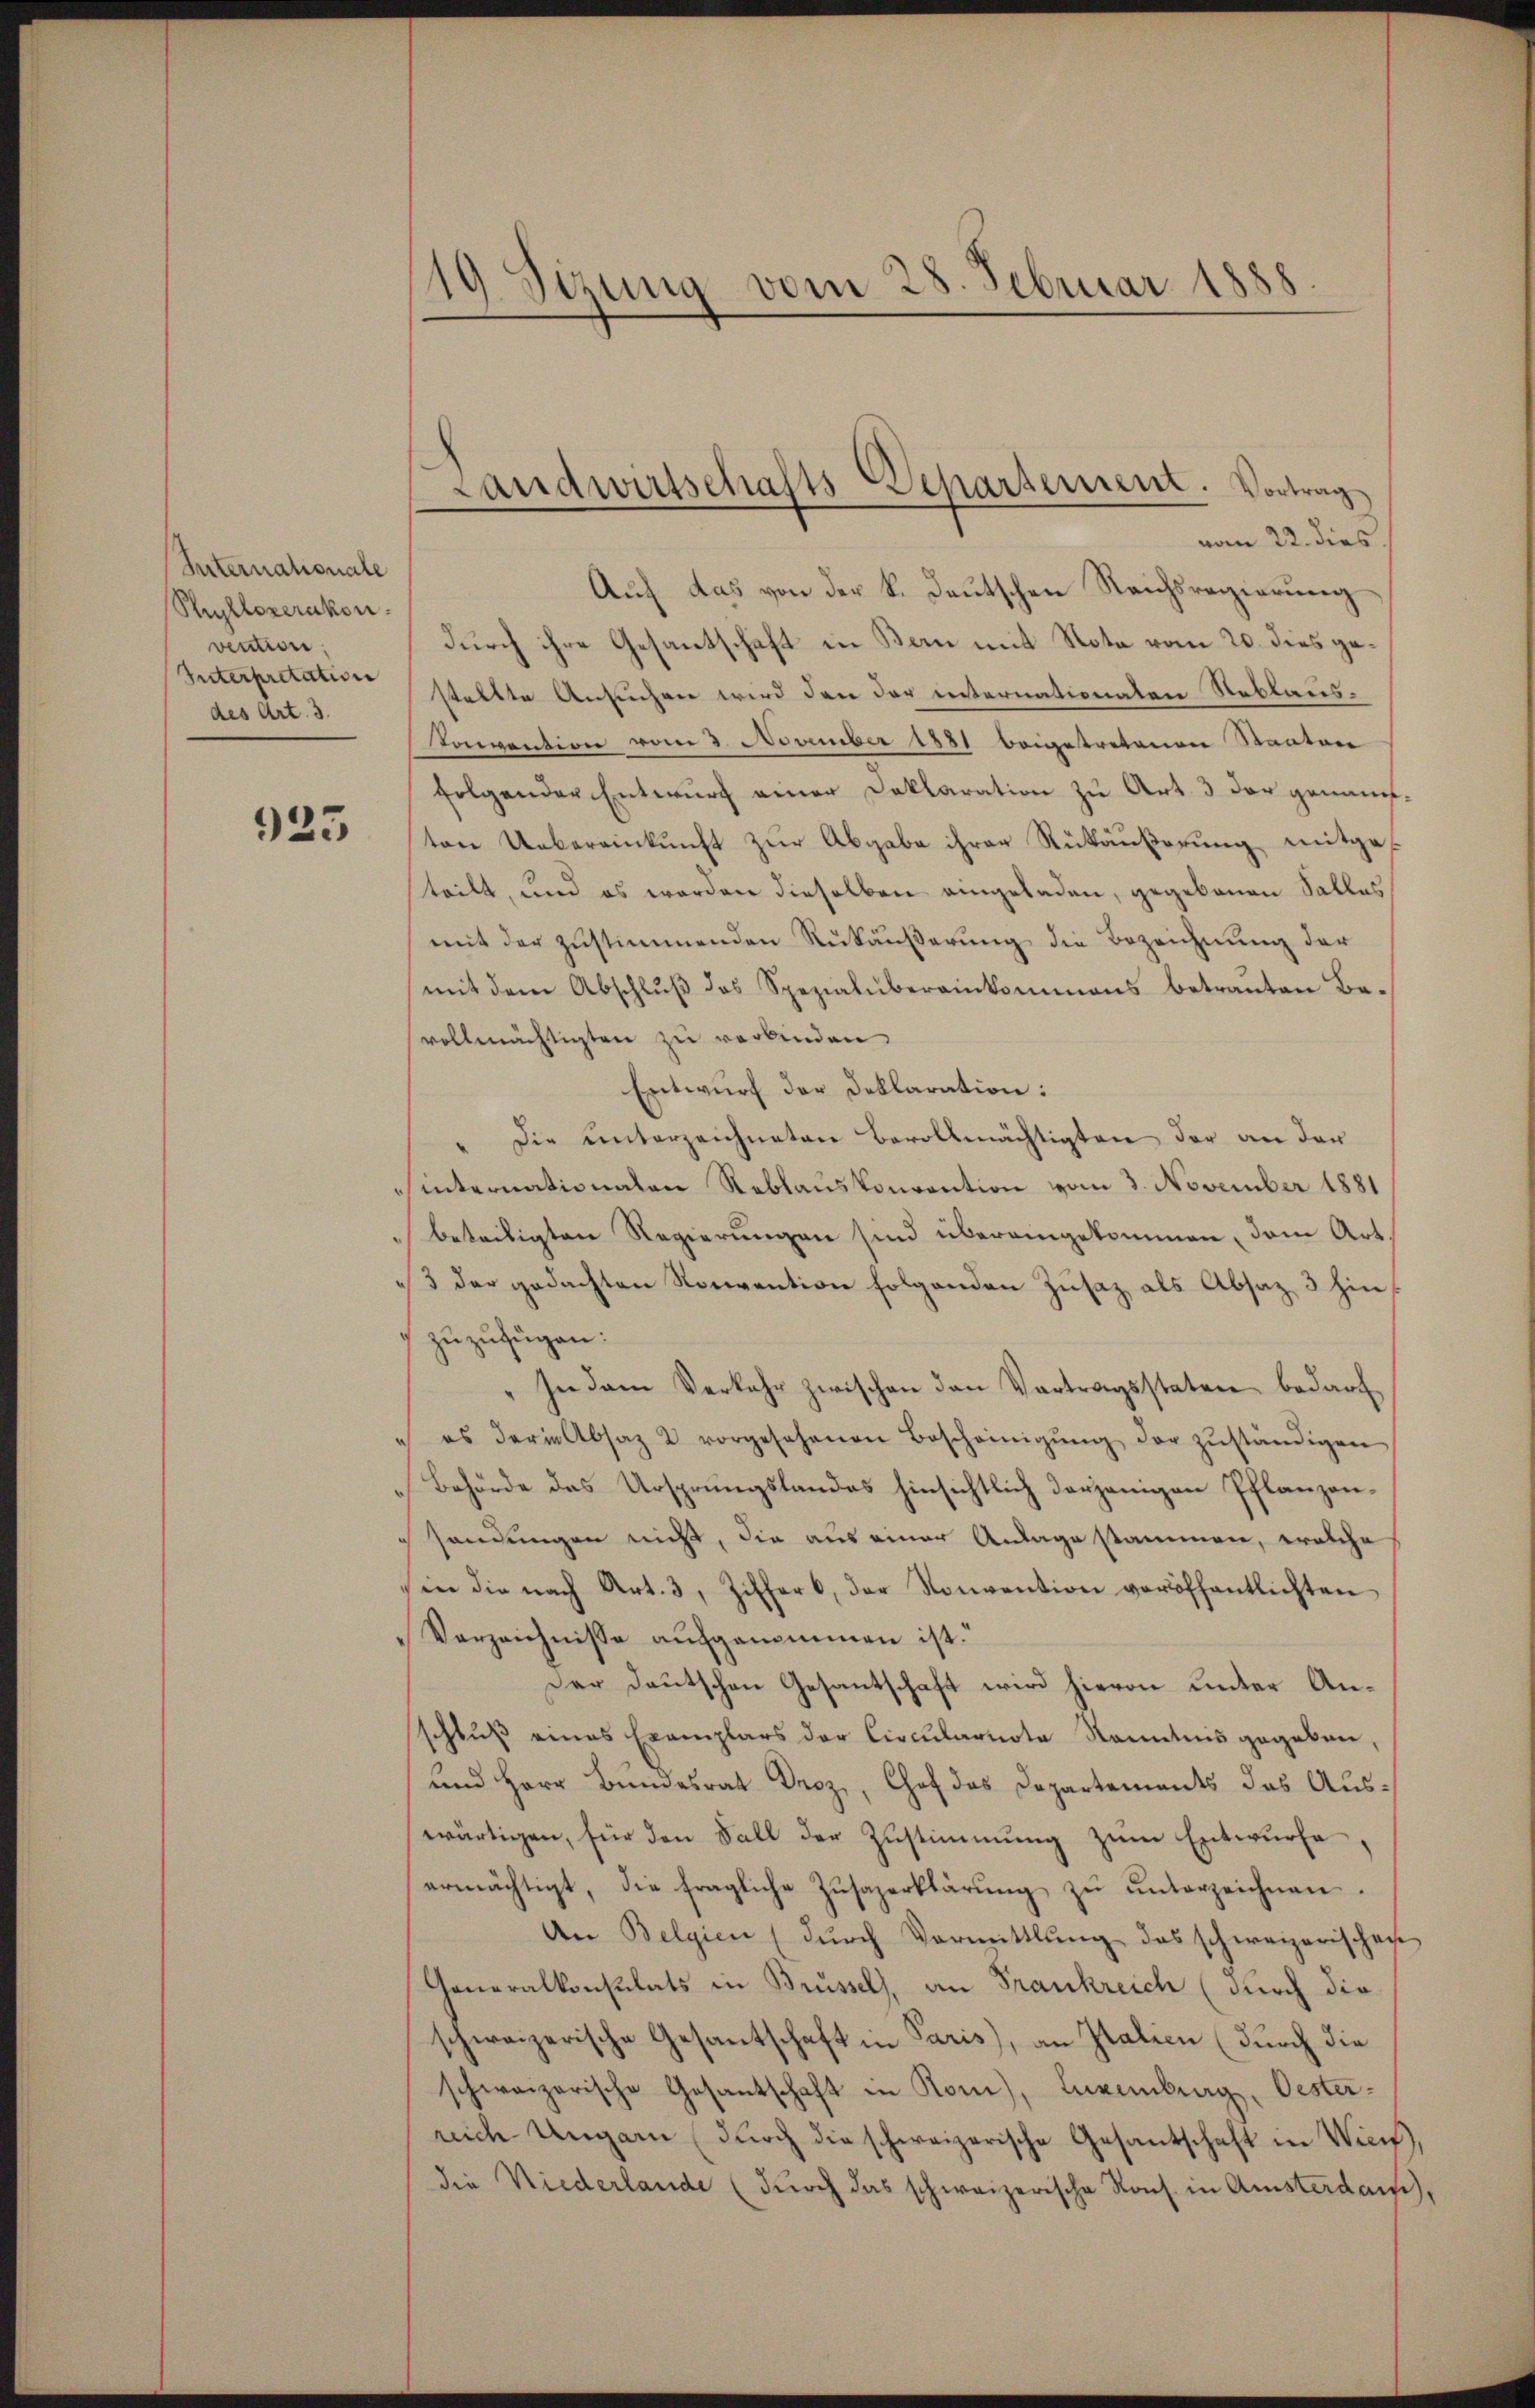
Internationale
Sullozerakon.
vention:
Interpretation
des Art. 3.

923

19. Sizung vom 28. Februar 1888

vom 22. dies
Auf das von der k. Deutschen Reichsregierung
durch ihre Gesantschaft in Bern mit Nota vom 20. dies gestellte Ansuchen wird den der internationaten Reblaus¬
Tonvention vom 3. November 1881 beigetretenen Staaten
folgender Entwurf einer Deklaration zu Art. 3 der genanntton Uebereinkunft zur Abgabe ihrer Rükäußerung mitgeteilt, und es werden dieselben eingeladen, gegebenen Salles
mit der zŭstimmenden Rükäußerung die Bezeichnung der
mit dem Abschluß des Spezialubereinkommens betrauten Bevollmächtigten zu verbinden.
Entwurf der Deklaration:
" Die unterzeichneten Bevollmächtigten der an der
sinternationalen Reblauskonvention vom 3. November 1881
beteiligten Regierungen sind übereingekommen, dem Art.
3 der gedachten Novention folgenden Zusatz als Absaz 3 hinzuzufügen:
In dem Verkehr zwischen den Vortragsstaten bedarf
es der in Absaz 2 vorgesehenen Bescheinigŭng der zŭständigen
Behörde das Ursprungslandes hinsichtlich derjenigen Pflanzonsendungen nicht, die aus einer Anlage stammen, welche
in die nach Art. 3, Ziffer, der Konvention veröffentlichten
Verzeichnisse aufgenommen ist.
Der Deutschen Gesantschaft wird hievon unter Anschluß eines Exemplars der Circularnote Kenntnis gegeben,
und Herr Bundesrat Droz, Chof das Departements des Auswärtigen, für den Fall der Zustimmung zum Entwurfe,
ermächtigt, die fragliche Zŭsazerklärŭng zŭ ŭnterzeichnen.
An Belgien (dŭrch Vormittlung das schweizerischen
Generalkonsulats in Brüssel, an Frankreich (durch die
schweizerische Gesantschaft in Paris, an Italien (durch die
schweizerische Gesantschaft in Kon), Luxenburg, Oester-
reich Ungarn (durch die schweizerische Gesantschaft in Wicis,
die Niederlande (durch das schweizerische Kons. in Amsterdam,

Landwirtschafts Separsement. Vortrag